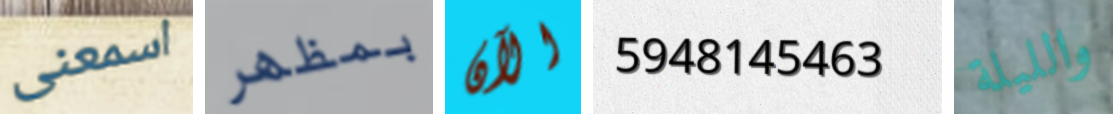
اسمعنى بمظهر الآن 5948145463 والليلة